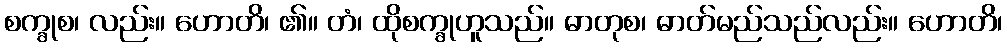
စက္ခုစ၊ လည်း။ ဟောတိ၊ ၏။ တံ၊ ထိုစက္ခုဟူသည်။ ဓာတုစ၊ ဓာတ်မည်သည်လည်း။ ဟောတိ၊